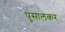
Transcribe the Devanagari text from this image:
पुसालकर